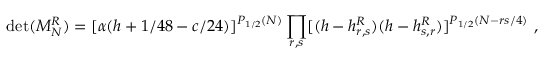
\operatorname * { d e t } ( { \cal M } _ { N } ^ { R } ) = [ \alpha ( h + 1 / 4 8 - c / 2 4 ) ] ^ { P _ { 1 / 2 } ( N ) } \prod _ { r , s } [ ( h - h _ { r , s } ^ { R } ) ( h - h _ { s , r } ^ { R } ) ] ^ { P _ { 1 / 2 } ( N - { r s / 4 } ) } { } ~ ,